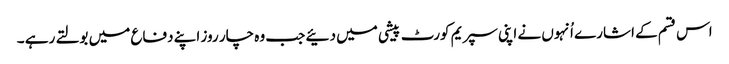
اس قسم کے اشارے اُنہوں نے اپنی سپریم کورٹ پیشی میں دئیے جب وہ چار روز اپنے دفاع میں بولتے رہے ۔